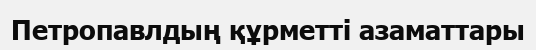
Петропавлдың құрметті азаматтары